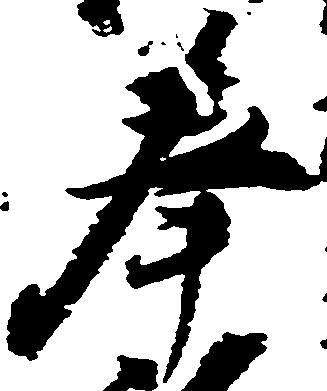
奉